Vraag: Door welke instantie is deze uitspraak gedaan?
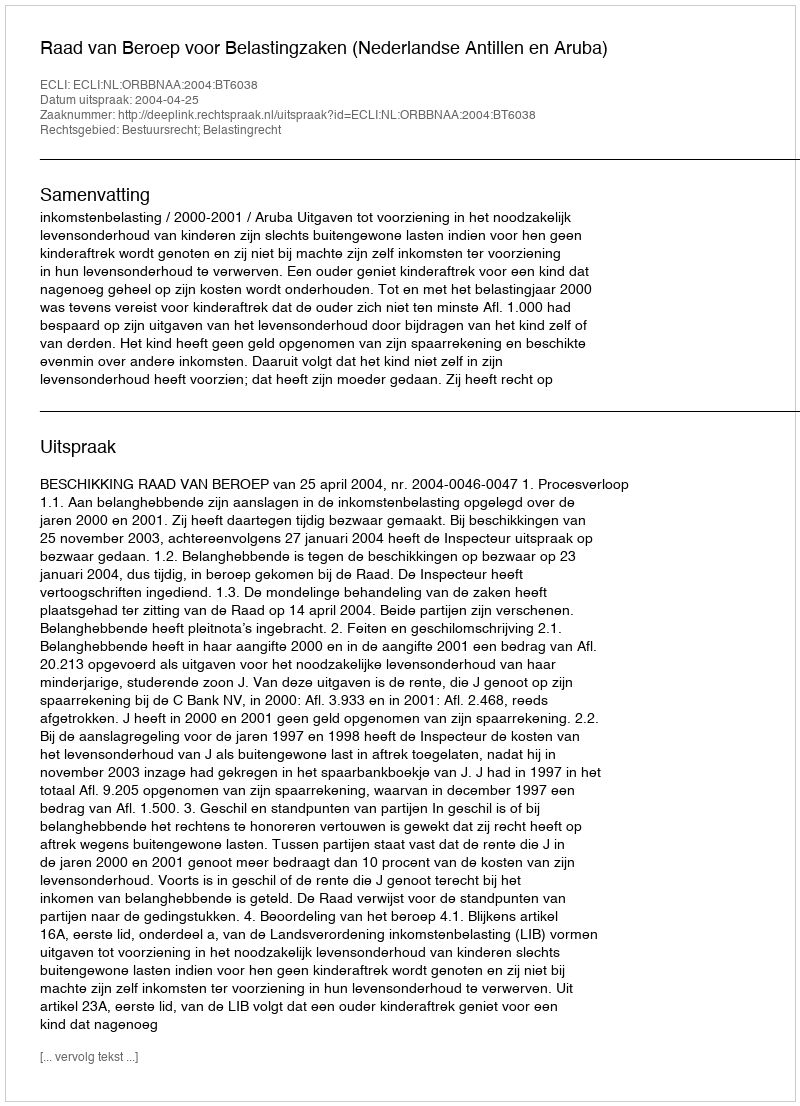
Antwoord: Raad van Beroep voor Belastingzaken (Nederlandse Antillen en Aruba)